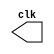
// -------------------------
//  Gerador de clock -
// Nome: Jenifer Henrique Moreira Borges
// ------------------------- 

// ---------------------------
// -- test clock generator (1) 
// --------------------------- 
 
module clock ( clk ); 
 output clk; 
 reg      clk; 
 
 initial 
  begin 
   clk = 1'b0; 
  end 
 
 always 
  begin 
   #12 clk = ~clk; 
  end 
 
endmodule // clock ( )